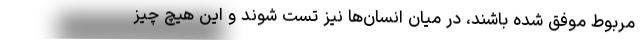
مربوط موفق شده باشند، در میان انسان‌ها نیز تست شوند و این هیچ چیز